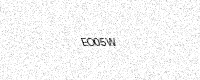
Text: EO05W